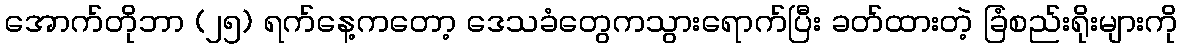
အောက်တိုဘာ (၂၅) ရက်နေ့ကတော့ ဒေသခံတွေကသွားရောက်ပြီး ခတ်ထားတဲ့ ခြံစည်းရိုးများကို